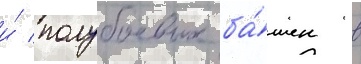
и́ полубоевых ба́шен в